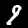
Digit: 9